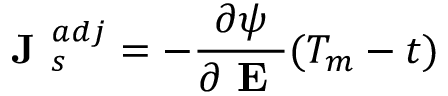
\textbf { J } _ { s } ^ { a d j } = - \frac { \partial \psi } { \partial \textbf { E } } ( T _ { m } - t )